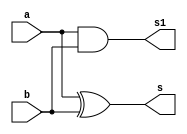
//-- ------------------------------------------------------
//-- Guia 05 Ex01 - Soma completa de dois valores binario
//-- Nome: Alvaro Henrique de Araujo Rungue
//-- Matricula: 395487
//-- ------------------------------------------------------

//----- Module Meia Soma--

module meiasoma (s, s1, a, b);
output s, s1;
input a, b;
xor XOR1(s, a, b);
and AND1(s1, a, b);

endmodule //-- meiasoma

//----- Module Soma Completa ---

module somacompleta (s, s1, a, b, vaium);
output s, s1;
input a, b, vaium;
wire s2, s3, s4;

meiasoma M1(s2, s3, a, b);
meiasoma M2(s, s4, s2, vaium);
or OR1(s1, s3, s4);

endmodule //-- somacompleta

//----- Module Teste ---

module testesoma2binarios;
reg [3:0]A;
reg [3:0]B;
wire [4:0]S;
wire [2:0]W;

meiasoma M1(S[0], W[0], A[0], B[0]);
somacompleta S1(S[1], W[1], A[1], B[1], W[0]);
somacompleta S2(S[2], W[2], A[2], B[2], W[1]);
somacompleta S3(S[3], S[4], A[3], B[3], W[2]); 

//-- parte principal
   initial begin
	   $display("Guia 05 EX01 - Soma completa de dois valores binarios");
		$display("Nome: Alvaro Henrique de Araujo Rungue - 395487");
      $display("\n a + b = s \n");
		A = 0;
		B = 0;
  		while(A != 15)
		  begin
		    A = (B == 0)? A : A + 1;
			 B = 0;
  #1      $display("%b + %b = %b", A, B, S);
			 while(B != 15)
			   begin
				  B = B + 1;
  #1              $display("%b + %b = %b", A, B, S);
		      end
		  end
  end

endmodule //-- testesoma2binarios